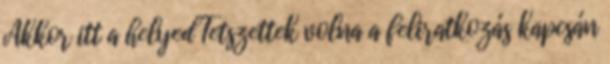
Akkor itt a helyed Tetszettek volna a feliratkozás kapcsán